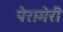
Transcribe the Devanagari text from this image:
पेरामेरी